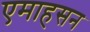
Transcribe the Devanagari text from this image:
एमाहसन